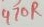
Text: 470R